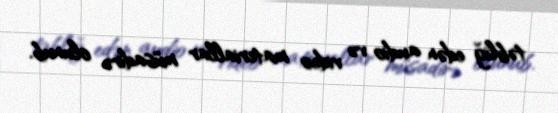
təbliğ edən audio və video materiallar müsadirə olunub.